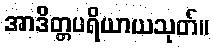
အာဒိတ္တပရိယာယသုတ်။